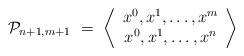
LaTeX: \begin{align*}{\cal P}_{n+1,m+1} \ = \ \left \langle \begin{array}{c}x^0,x^1,\dots,x^m \\x^0, x^1, \dots,x^n \end{array} \right \rangle\end{align*}